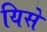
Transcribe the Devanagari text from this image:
यिसे